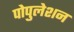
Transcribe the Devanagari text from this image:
पोपुलेशन